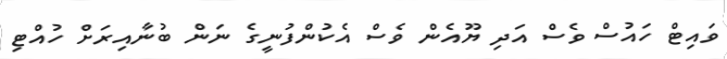
ވައިޓް ހައުސް ވެސް އަދި ޔޫއެން ވެސް އެކުންފުނީގެ ނަން ބުނާއިރަށް ހުއްޓި